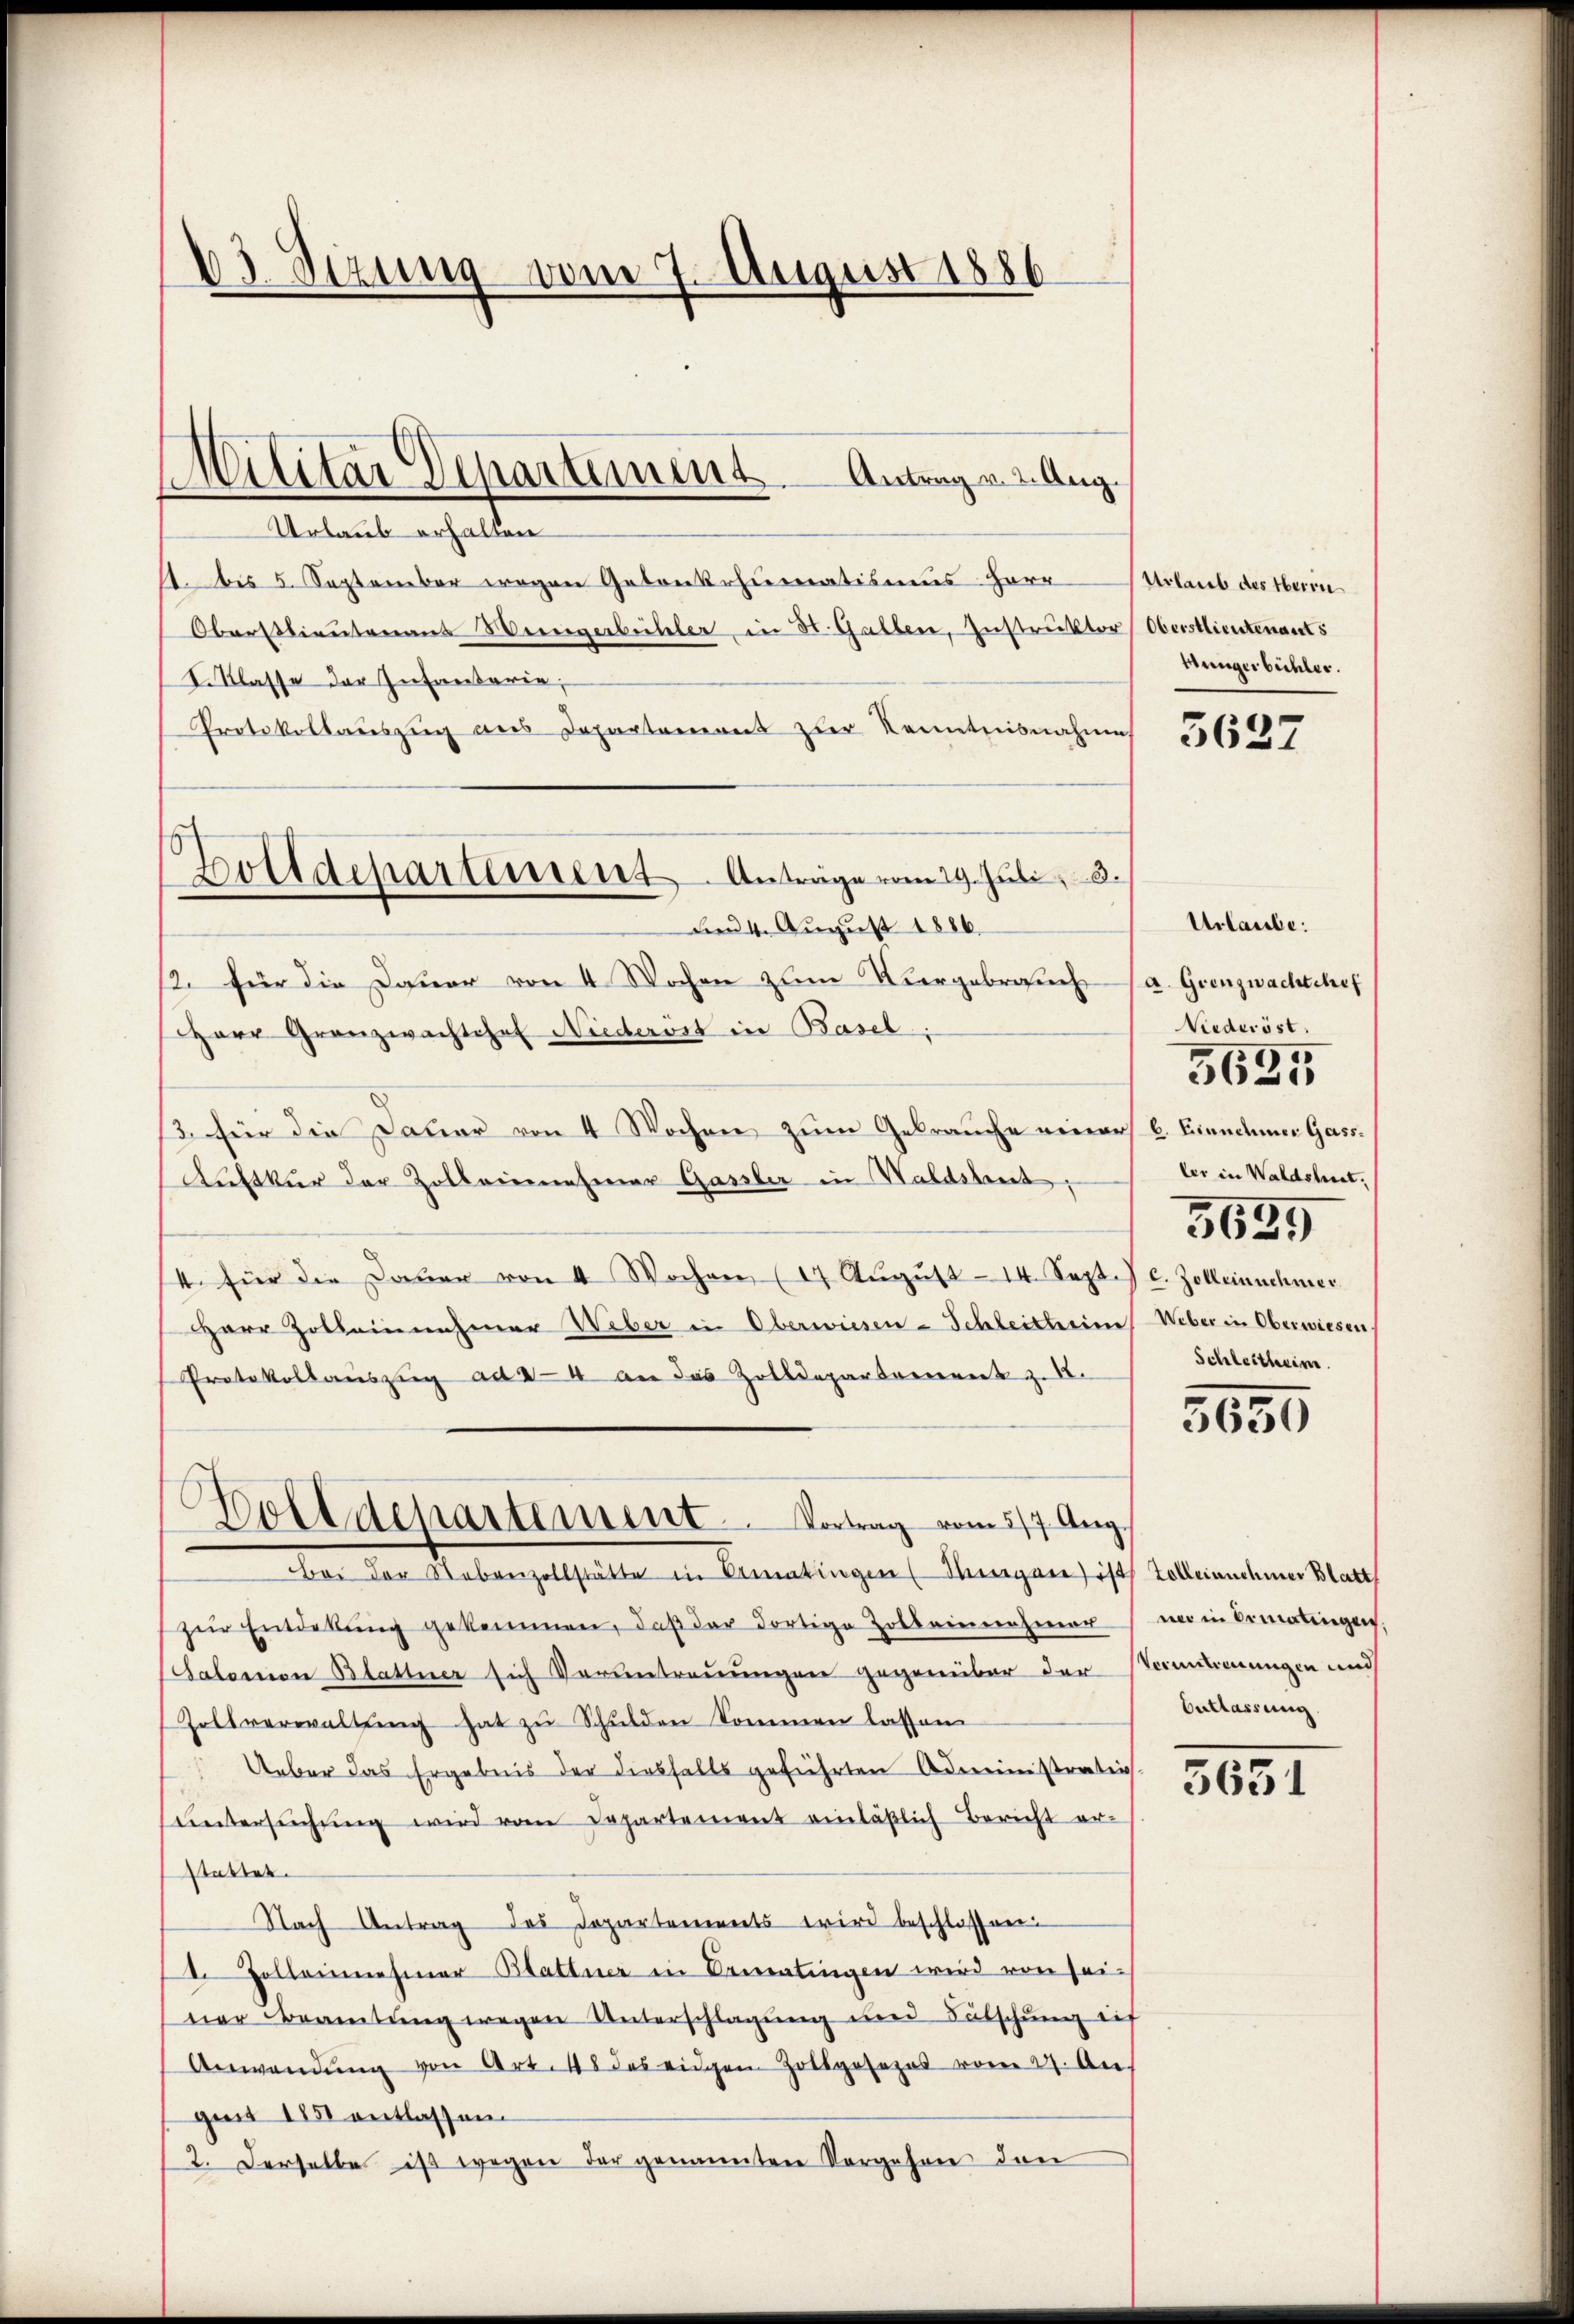
13 Sezung vom 7. August 1886

Urlaub erhalten
1. bis 5. September wegen Gebonkehumatismus Herr
Oberstlieutenans Weingerbüheler, in St. Gallen, Instruktor (Oberstlieutenants
I. Klasse der Infantarie;
Protokollauszug aus Departement zur Kenntnisnahme
Feeu 4. Aŭgŭst 1886.
12. für die Dauer von 4 Wochen zum Vergebrauch
Herr Granzwachtchef Niederost in Basel;
3. für die Dauer von 4 Wochen zum Gebrauche einer l. Einnehmer Gass¬
Aufkür der Zollenehmer Gassler in Waldshut
/4. für die Daŭer von 4 Wochen (27. Aŭgŭst 14. Sept. c. Zolleinnehmer
Herr Zolleinnahmer Weber in Oberwiesen-Schleitheim
Protokollaŭszŭg ad 44 an das Zolldepartement z.
6
Dolldepartement. Vortrag vom 5/7. Aug.
bei der Nebenzollstätte in Amatingen (Sergane ist Zolleinnehmer Blatt
zŭr Entdekŭng gekommen, daβ der dortige Zolleinnehmer
Salomon Blattner sich Voruntreuungen gegenüber der Stimmungen und
Zoltverwaltŭng hat zŭ Schŭlden kommen lassen
Ueber das Ergebnis der diesfalls geführten Administratio-
ŭntersŭchŭng wird vom Departement einläßlich Bericht er-
stattet.
Nach Antrag des Departements wird beschlossen:
. Zollenmesiner Blattner in Dematingen wird von sei-
ner Beamtung wegen Unterschlagung und Fütschung eif
Anwendŭng von Art. 48 des eidgen Zottgesezes vom 27. An
gust 1851 entlassen
2. Derselbe ist wegen der genannten Vorgehen den

Militar Departement. Antragen Aug.

Zolldepartement Anträge vom 29. Juli 3.

Urlaub des Herrn
Müngerbüchler.

5627

Urlaube.
a. Grenzwachtchef
Niederöst.
ler in Waldshut,
5635
Weber in Oberwiesen
Schleitheim.

5625

5659

wo in Ermatingen.
Entlassung.

5651